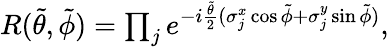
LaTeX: \begin{array}{r}{R(\tilde{\theta},\tilde{\phi})=\prod_{j}e^{-i\frac{\tilde{\theta}}{2}(\sigma_{j}^{x}\cos\tilde{\phi}+\sigma_{j}^{y}\sin\tilde{\phi})},}\end{array}